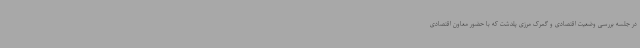
در جلسه بررسی وضعیت اقتصادی و گمرک مرزی پلدشت که با حضور معاون اقتصادی